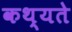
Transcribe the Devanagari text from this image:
कथ्यते